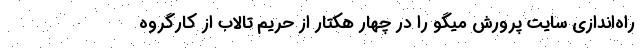
راه‌اندازی سایت پرورش میگو را در چهار هکتار از حریم تالاب از کارگروه